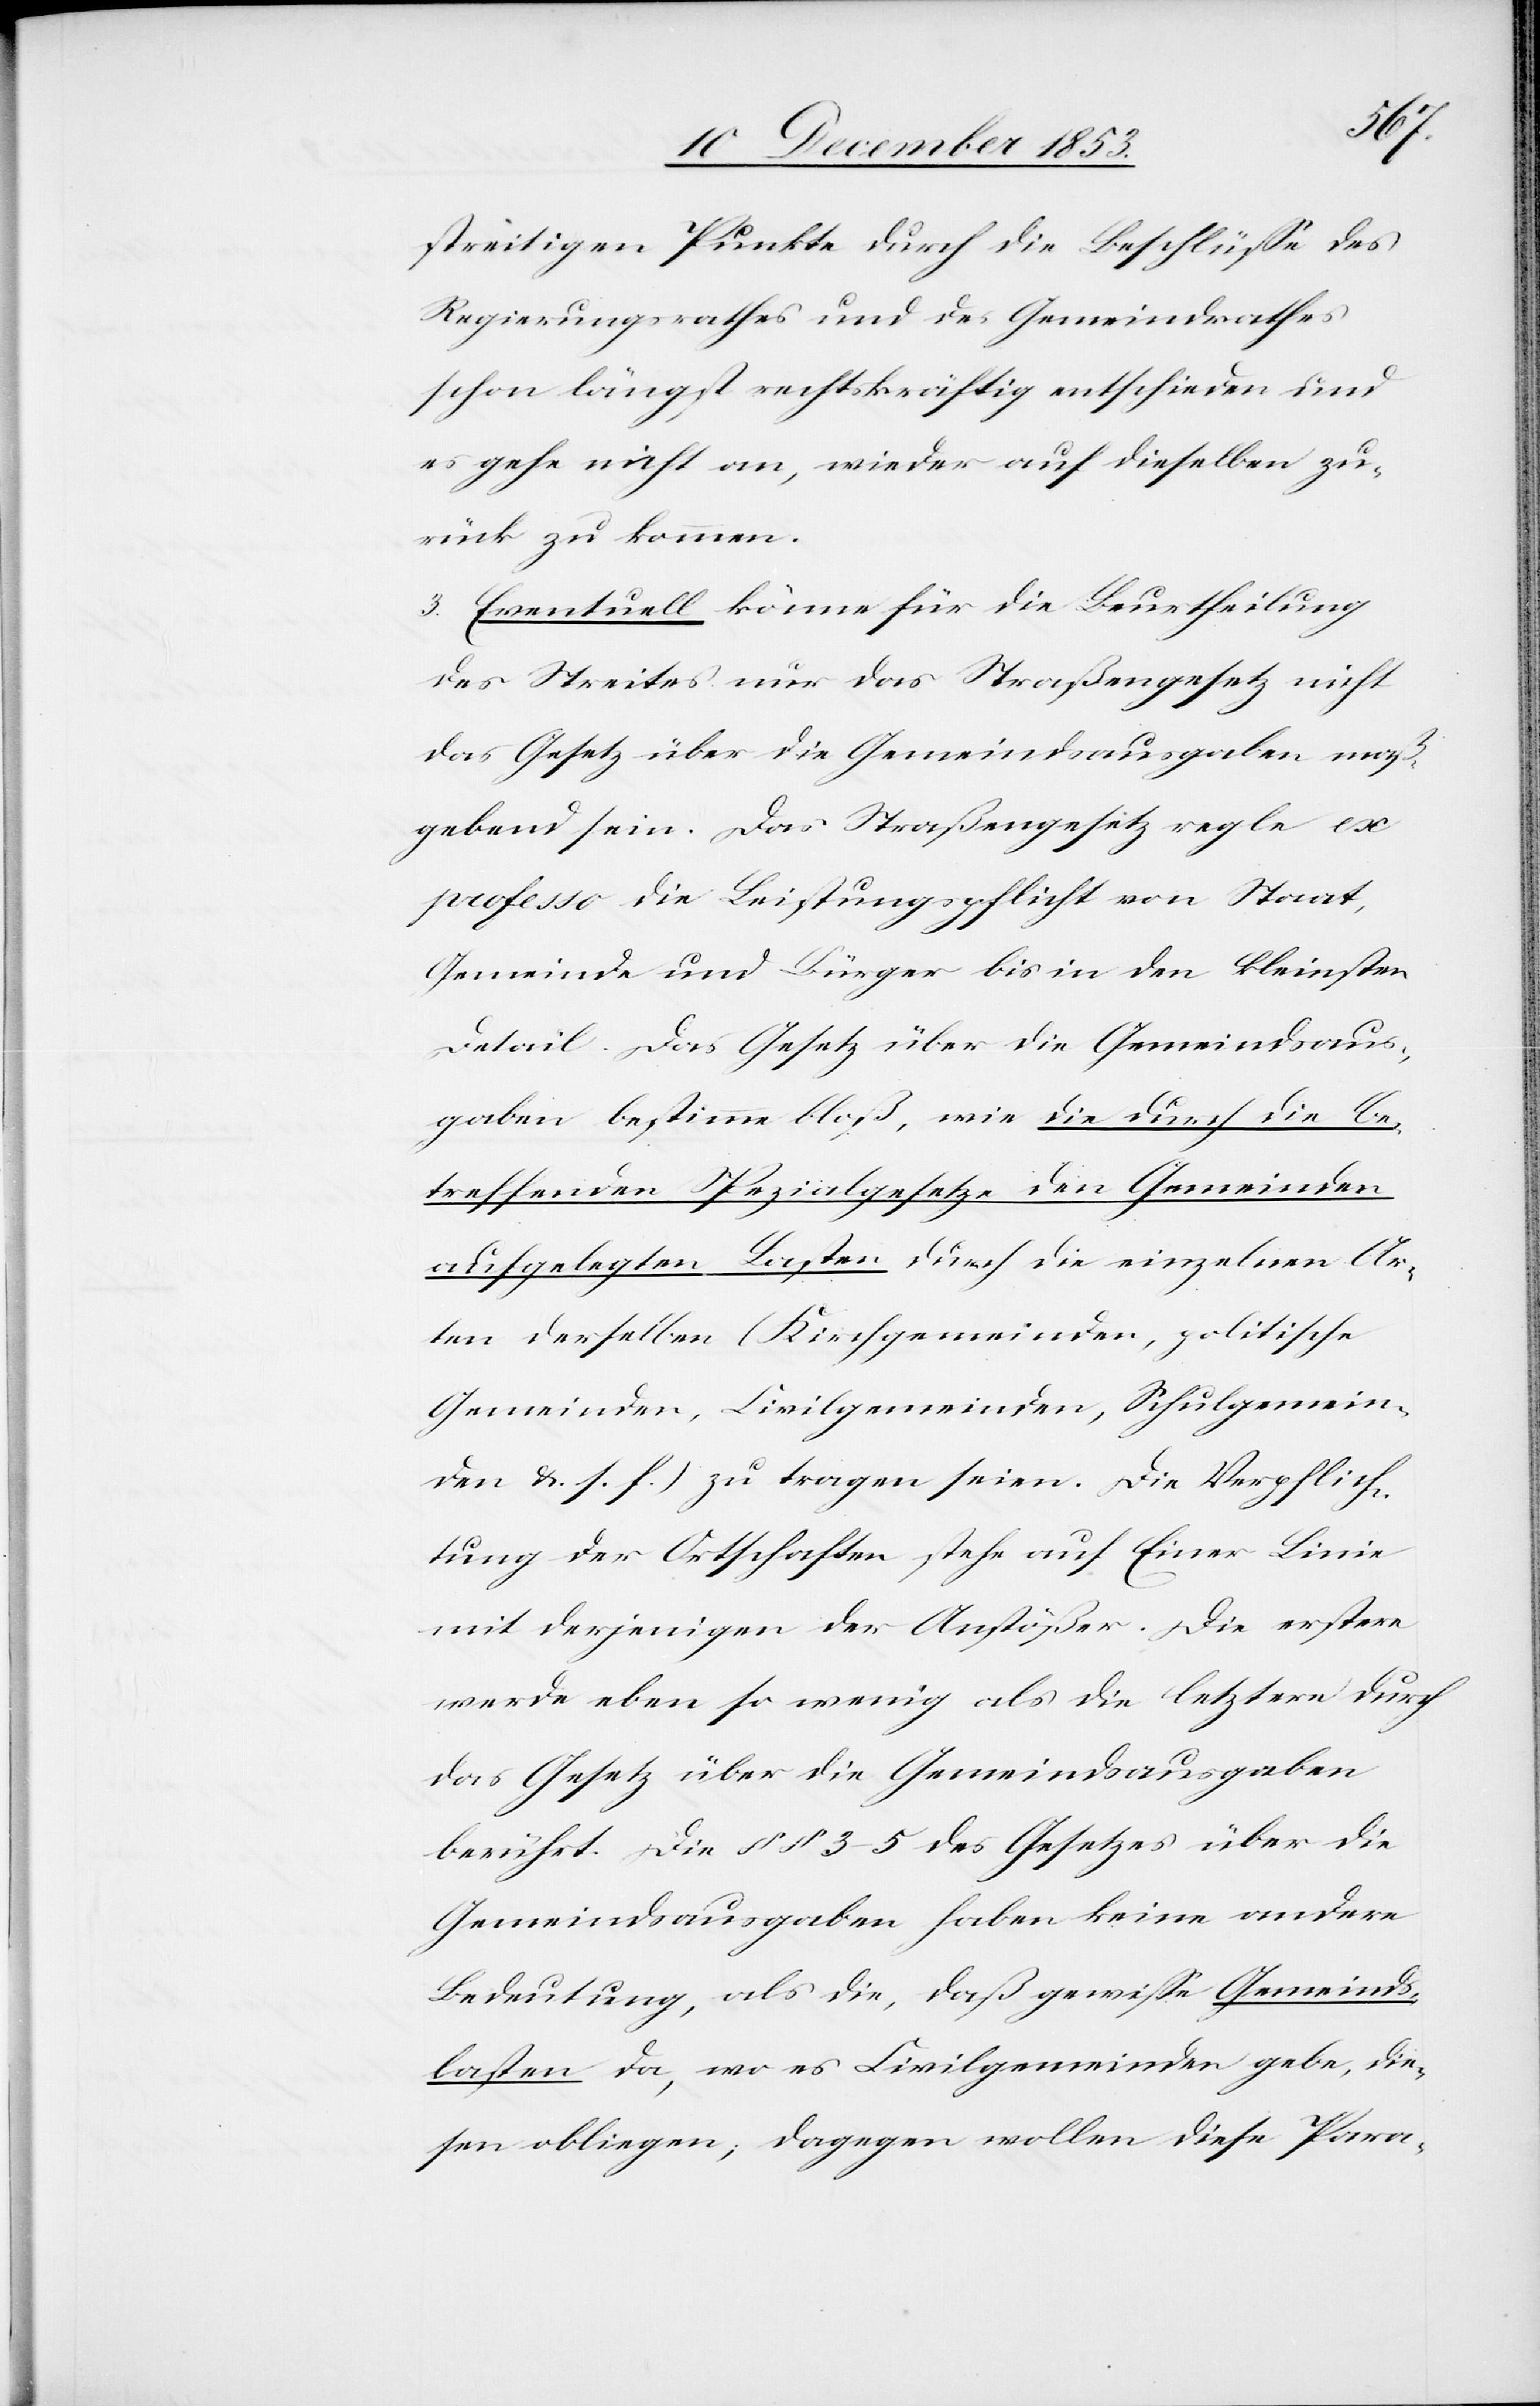
streitigen Punkte durch die Beschlüße des
Regierungsrathes und des Gemeindrathes
schon längst rechtskräftig entschieden und
es gehe nicht an, wieder auf dieselben zu¬
rück zu kommen.
3. Eventuell könne für die Beurtheilung
des Streites nur das Straßengesetz nicht
das Gesetz über die Gemeindsausgaben maß¬
gebend sein. Das Straßengesetz regle ex
professo die Leistungspflicht von Staat,
Gemeinde und Bürger bis in den kleinsten
Detail. Das Gesetz über die Gemeindsaus¬
gaben bestimme bloß, wie die durch die be¬
treffenden Spezialgesetze den Gemeinden
aufgelegten Lasten durch die einzelnen Ar¬
ten derselben (Kirchgemeinden, politische
Gemeinden, Civilgemeinden, Schulgemein¬
den u. s. f.) zu tragen seien. Die Verpflich¬
tung der Ortschaften stehe auf Einer Linie
mit derjenigen der Anstößer. Die erstere
werde eben so wenig als die letztere durch
das Gesetz über die Gemeindsausgaben
berührt. Die §§ 3–5 des Gesetzes über die
Gemeindsausgaben haben keine andere
Bedeutung, als die, daß gewiße Gemeinds¬
lasten da, wo es die Civilgemeinden gebe, die¬
sen obliegen, dagegen wollen diese Para-